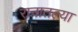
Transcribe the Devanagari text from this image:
रानातल्या